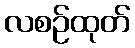
လစဉ်ထုတ်